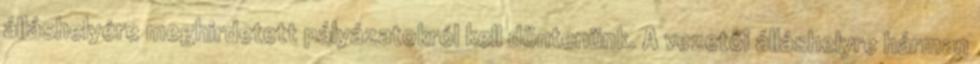
álláshelyére meghirdetett pályázatokról kell döntenünk. A vezetői álláshelyre hárman